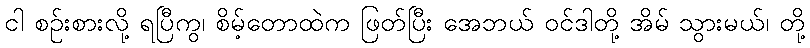
ငါ စဉ်းစားလို့ ရပြီကွ၊ စိမ့်တောထဲက ဖြတ်ပြီး အေဘယ် ဝင်ဒါတို့ အိမ် သွားမယ်၊ တို့